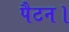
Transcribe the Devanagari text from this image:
पैटन।